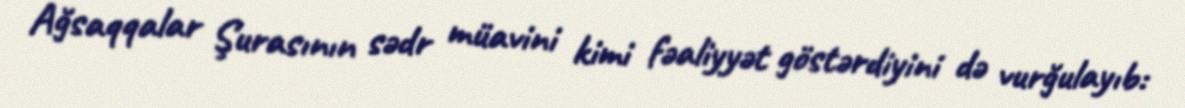
Ağsaqqalar Şurasının sədr müavini kimi fəaliyyət göstərdiyini də vurğulayıb: